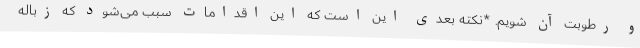
و رطوبت آن شویم. *نکته بعدی این است که این اقدامات سبب می‌شود که زباله